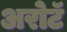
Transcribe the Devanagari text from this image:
अरोटॅ